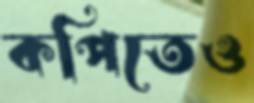
কপিতেও